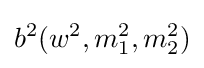
b^{2}(w^{2},m_{1}^{2},m_{2}^{2})